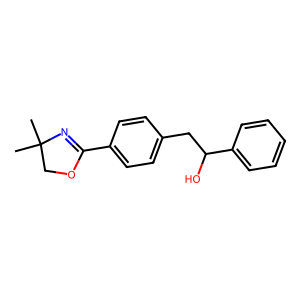
SMILES: CC1(C)COC(c2ccc(CC(O)c3ccccc3)cc2)=N1
Inhibits HIV replication: No